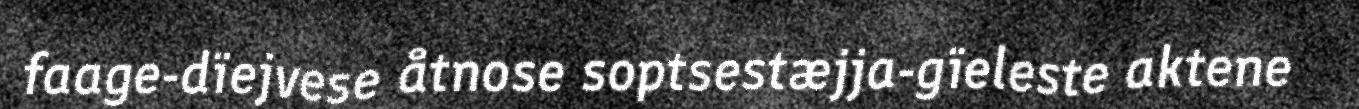
faage-dïejvese åtnose soptsestæjja-gïeleste aktene